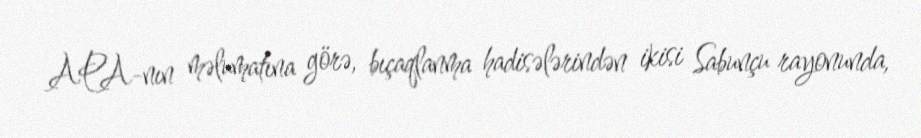
APA-nın məlumatına görə, bıçaqlanma hadisələrindən ikisi Sabunçu rayonunda,